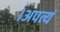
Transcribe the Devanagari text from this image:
।अपत्यं